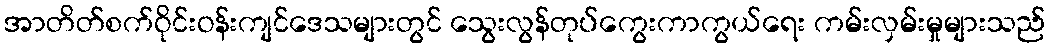
အာတိတ်စက်ဝိုင်းဝန်းကျင်ဒေသများတွင် သွေးလွန်တုပ်ကွေးကာကွယ်ရေး ကမ်းလှမ်းမှုများသည်